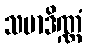
သမာဒိဏ္ဏံ